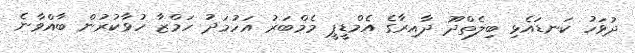
ދުވަހު ކަނޑައެޅި ބިލެތްދޫ ދާއިރާގެ އެމްޑީޕީ މެމްބަރު އަހުމަދު ހަމްޒާ ހުވާކުރުން ބާއްވާނެ